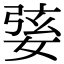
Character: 婱